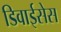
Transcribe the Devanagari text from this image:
डिवाईसेस